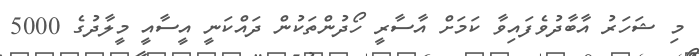
މި ޝަހަރު އާބާދުވެފައިވާ ކަމަށް އާސާރީ ހޯދުންތަކުން ދައްކަނީ އީސާއީ މީލާދުގެ 5000